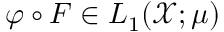
\varphi \circ F \in L _ { 1 } ( \mathcal X ; \mu )